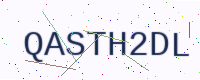
Text: QASTH2DL